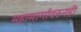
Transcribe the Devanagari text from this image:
महामार्गावरुनही